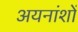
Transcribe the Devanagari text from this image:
अयनांशों